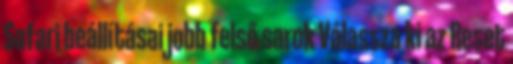
Safari beállításai jobb felső sarok Válassza ki az Reset